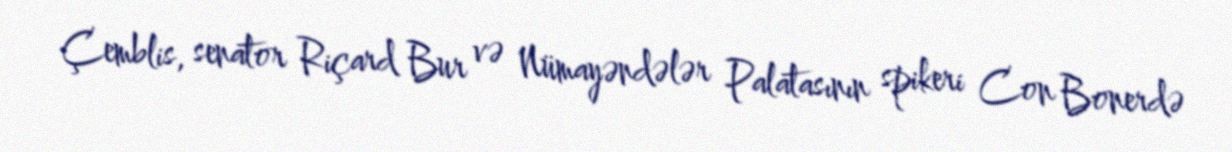
Çemblis, senator Riçard Bur və Nümayəndələr Palatasının spikeri Con Bonerdə